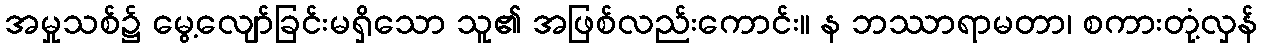
အမှုသစ်၌ မွေ့လျော်ခြင်းမရှိသော သူ၏ အဖြစ်လည်းကောင်း။ န ဘဿာရာမတာ၊ စကားတုံ့လှန်